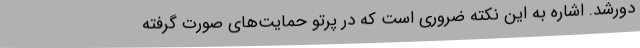
دورشد. اشاره به این نکته ضروری است که در پرتو حمایت‌های صورت گرفته